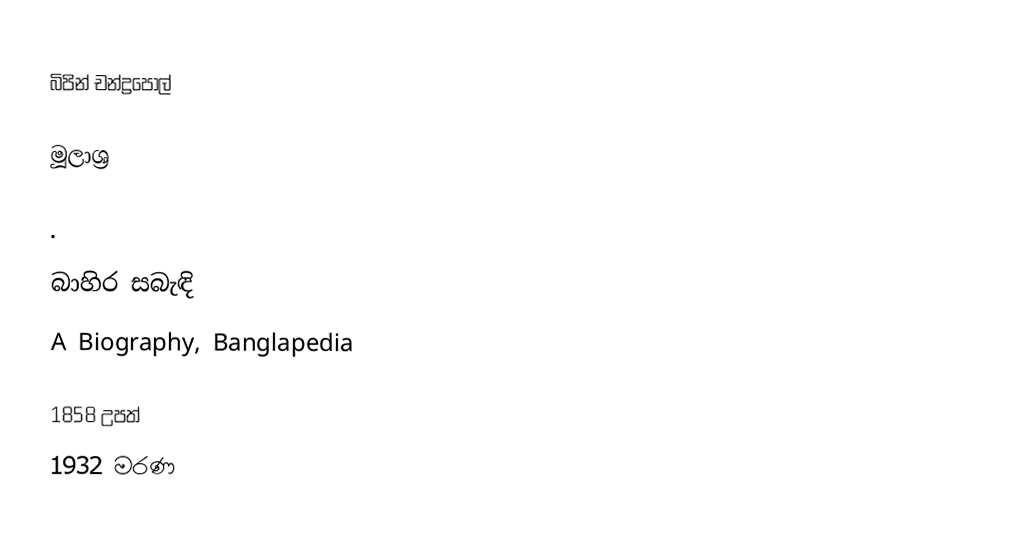
බිපින් චන්ද්‍රපෝල්

මූලාශ්‍ර

 .

බාහිර සබැඳි
 A Biography, Banglapedia

1858 උපත්
1932 මරණ